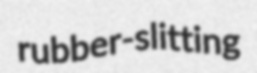
rubber-slitting